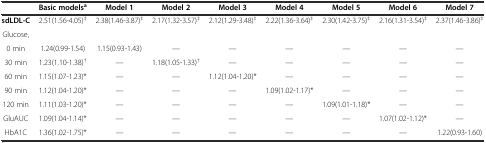
<table><thead><tr><td></td><td><b>Basic models<sup>a</sup></b></td><td><b>Model 1</b></td><td><b>Model 2</b></td><td><b>Model 3</b></td><td><b>Model 4</b></td><td><b>Model 5</b></td><td><b>Model 6</b></td><td><b>Model 7</b></td></tr></thead><tbody><tr><td><b>sdLDL-C</b></td><td>2.51(1.56-4.05)<sup>‡</sup></td><td>2.38(1.46-3.87)<sup>‡</sup></td><td>2.17(1.32-3.57)<sup>‡</sup></td><td>2.12(1.29-3.48)<sup>‡</sup></td><td>2.22(1.36-3.64)<sup>‡</sup></td><td>2.30(1.42-3.75)<sup>‡</sup></td><td>2.16(1.31-3.54)<sup>‡</sup></td><td>2.37(1.46-3.86)<sup>‡</sup></td></tr><tr><td>Glucose,</td><td></td><td></td><td></td><td></td><td></td><td></td><td></td><td></td></tr><tr><td>0 min</td><td>1.24(0.99-1.54)</td><td>1.15(0.93-1.43)</td><td>—</td><td>—</td><td>—</td><td>—</td><td>—</td><td>—</td></tr><tr><td>30 min</td><td>1.23(1.10-1.38)<sup>†</sup></td><td>—</td><td>1.18(1.05-1.33)<sup>†</sup></td><td>—</td><td>—</td><td>—</td><td>—</td><td>—</td></tr><tr><td>60 min</td><td>1.15(1.07-1.23)*</td><td>—</td><td>—</td><td>1.12(1.04-1.20)*</td><td>—</td><td>—</td><td>—</td><td>—</td></tr><tr><td>90 min</td><td>1.12(1.04-1.20)*</td><td>—</td><td>—</td><td>—</td><td>1.09(1.02-1.17)*</td><td>—</td><td>—</td><td>—</td></tr><tr><td>120 min</td><td>1.11(1.03-1.20)*</td><td>—</td><td>—</td><td>—</td><td>—</td><td>1.09(1.01-1.18)*</td><td>—</td><td>—</td></tr><tr><td>GluAUC</td><td>1.09(1.04-1.14)*</td><td>—</td><td>—</td><td>—</td><td>—</td><td>—</td><td>1.07(1.02-1.12)*</td><td>—</td></tr><tr><td>HbA1C</td><td>1.36(1.02-1.75)*</td><td>—</td><td>—</td><td>—</td><td>—</td><td>—</td><td>—</td><td>1.22(0.93-1.60)</td></tr></tbody></table>